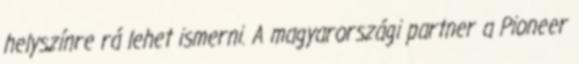
helyszínre rá lehet ismerni. A magyarországi partner a Pioneer